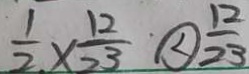
\frac { 1 } { 2 } \times \frac { 1 2 } { 2 3 } \textcircled { < } \frac { 1 2 } { 2 3 }